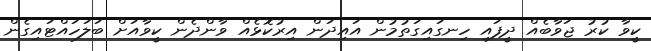
ކީވާ ކުރު ޖަވާބެއް ދީފައި ހިނގައިގަތުމުން އައިދަން އިރުކޮޅެއް ވާންދެން ކީވާއަށް ބަލަހައްޓައިގެން